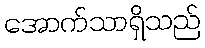
အောက်သာရှိသည်